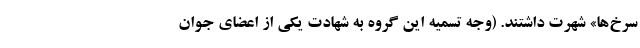
سرخ‌ها» شهرت داشتند. (وجه تسمیه این گروه به شهادت یکی از اعضای جوان